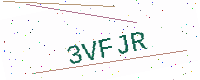
Text: 3VFJR